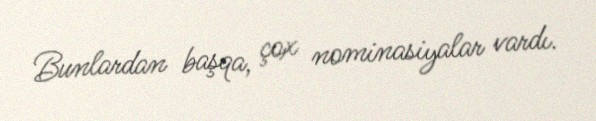
Bunlardan başqa, çox nominasiyalar vardı.